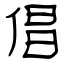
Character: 倡